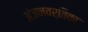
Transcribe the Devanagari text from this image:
अंजनवर्तिका